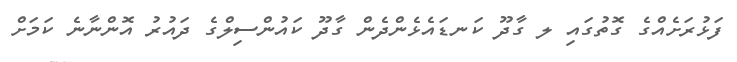
ފަޅުރަށެއްގެ ގޮތުގައި ލ ގާދޫ ކަނޑައެޅެންދެން ގާދޫ ކައުންސިލްގެ ދައުރު އޮންނާނެ ކަމަށް